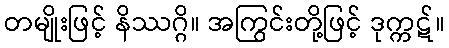
တမျိုးဖြင့် နိဿဂ္ဂိ။ အကြွင်းတို့ဖြင့် ဒုက္ကဋ်။